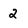
Character: 2